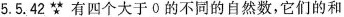
5.5.42有四个大于0的不同的自然数，它们的和